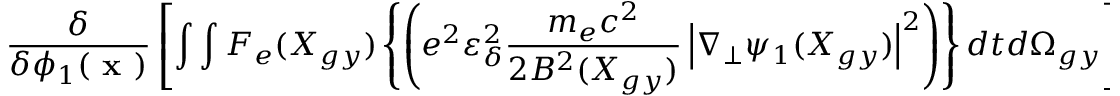
\frac { \delta } { \delta \phi _ { 1 } ( \textbf { x } ) } \left[ \int \int F _ { e } ( X _ { g y } ) \left\{ \left( e ^ { 2 } \varepsilon _ { \delta } ^ { 2 } \frac { m _ { e } c ^ { 2 } } { 2 B ^ { 2 } ( X _ { g y } ) } \left| \nabla _ { \perp } \psi _ { 1 } ( X _ { g y } ) \right| ^ { 2 } \right) \right\} d t d \Omega _ { g y } \right]